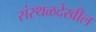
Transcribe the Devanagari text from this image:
संस्थळदेखील